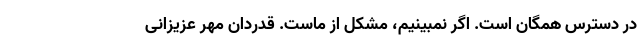
در دسترس همگان است. اگر نمبینیم، مشکل از ماست. قدردان مهر عزیزانی